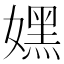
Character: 嫼